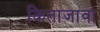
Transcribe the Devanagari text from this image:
किताजावा